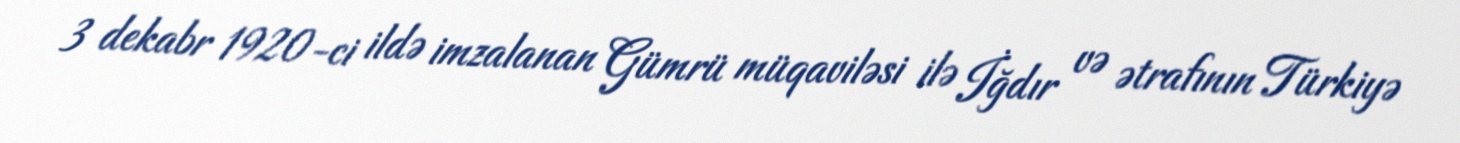
3 dekabr 1920-ci ildə imzalanan Gümrü müqaviləsi ilə İğdır və ətrafının Türkiyə